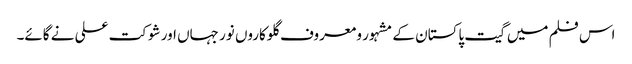
اس فلم میں گیت پاکستان کے مشہور و معروف گلوکاروں نور جہاں اور شوکت علی نے گائے۔